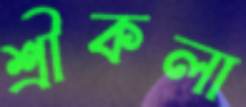
শ্রীকলা